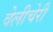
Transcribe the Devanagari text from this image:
वेलीचेरी